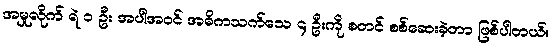
အမှုလိုက် ရဲ ၁ ဦး အပါအဝင် အဓိကသက်သေ ၄ ဦးကို စတင် စစ်ဆေးခဲ့တာ ဖြစ်ပါတယ်။